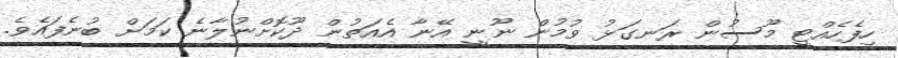
ހިފެހެއްޓީ މޫސުން ރަނގަޅު ވުމުން ނޫނީ އޭނާ އެއަތުން ދޫކޮށްނުލާނެ ކަމަށް ބުނެފައެވެ.